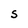
Character: S